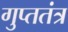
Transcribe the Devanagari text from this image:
गुप्ततंत्र